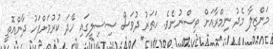
މަންޒިލާ މެދު ނިމްރާއަށް ވިސްނުނެވެ. ހަތަރު ދުވަސް ސިސިލީގައި ހޭދަ ކުރުމަށްފަހު ދާންއޮތީ